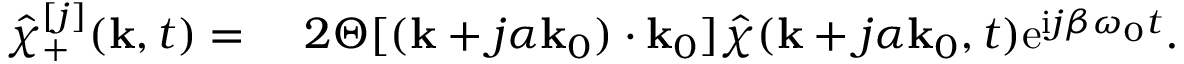
\begin{array} { r l } { \hat { \chi } _ { + } ^ { [ j ] } ( \mathbf { k } , t ) = ~ } & { { } 2 \Theta [ ( \mathbf { k } + j \alpha \mathbf { k } _ { 0 } ) \cdot \mathbf { k } _ { 0 } ] \hat { \chi } ( \mathbf { k } + j \alpha \mathbf { k } _ { 0 } , t ) \mathrm { e } ^ { \mathrm { i } j \beta \omega _ { 0 } t } . } \end{array}